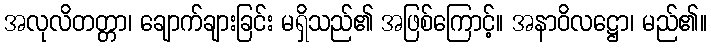
အလုလိတတ္တာ၊ ချောက်ချားခြင်း မရှိသည်၏ အဖြစ်ကြောင့်။ အနာဝိလဋ္ဌော၊ မည်၏။